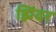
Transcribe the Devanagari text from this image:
झिंदर